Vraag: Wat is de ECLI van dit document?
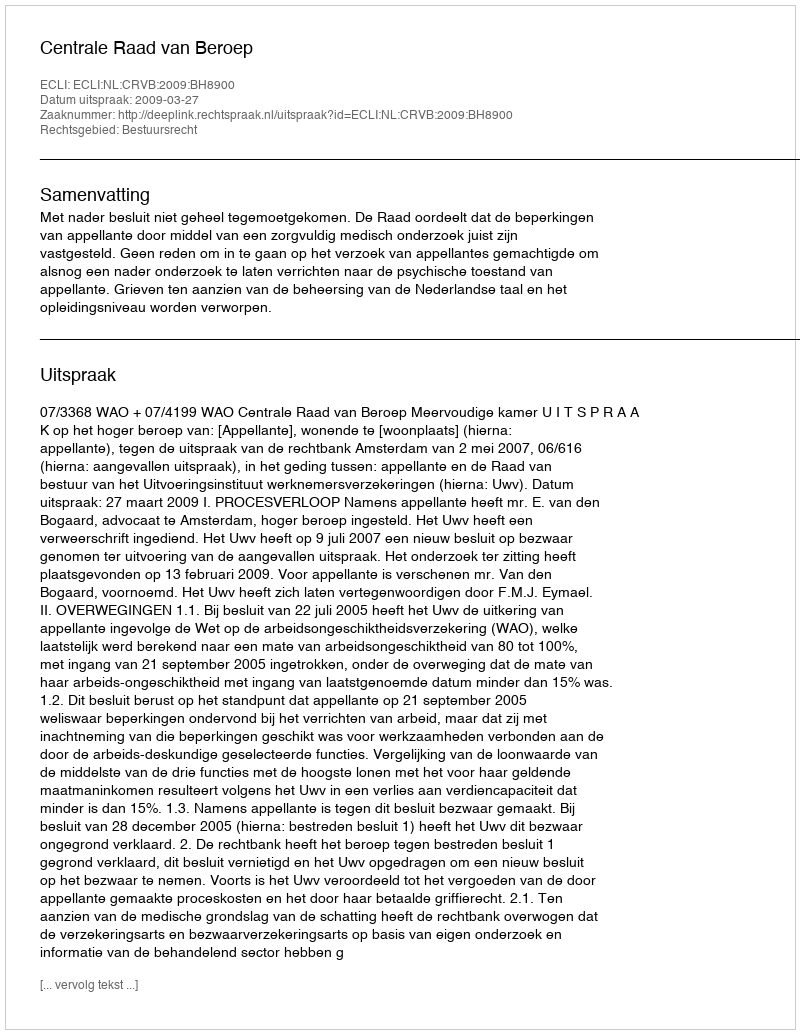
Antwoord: ECLI:NL:CRVB:2009:BH8900